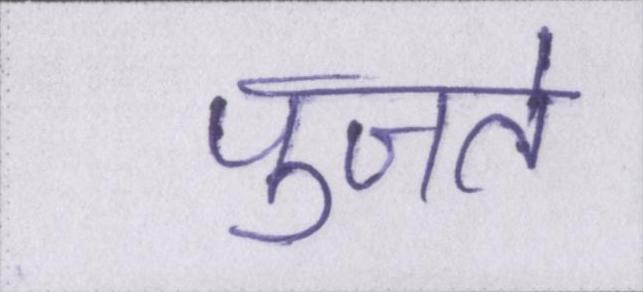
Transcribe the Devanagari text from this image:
पुजते